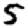
Digit: 5